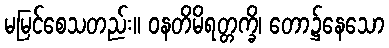
မမြင်စေသတည်း။ ဝနတိမိရတ္တက္ခိ၊ တော၌နေသော